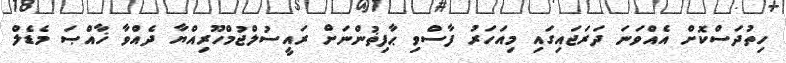
ހިތުދަސްކޮށް އެއްވަނަ ދަރަޖައިގައި މިއަހަރު ފާސްވި ޙާފިޡުންނަށް ރައީސުލްޖުމްހޫރިއްޔާ ދެއްވާ ޚާއްޞަ މެޑެލް